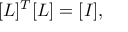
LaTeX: [ L ] ^ { T } [ L ] = [ I ] ,